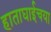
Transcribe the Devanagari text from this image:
हाताघाईचया